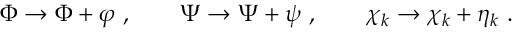
\Phi \to \Phi + \varphi \ , \qquad \Psi \to \Psi + \psi \ , \qquad \chi _ { k } \to \chi _ { k } + \eta _ { k } \ .